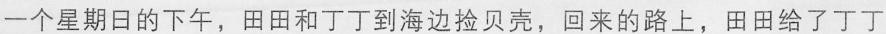
一个星期日的下午，田田和丁丁到海边捡贝壳，回来的路上，田田给了丁丁